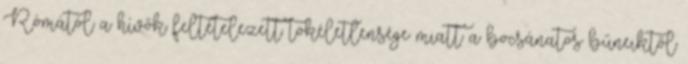
Rómától a hívők feltételezett tökéletlensége miatt a bocsánatos bűneiktől